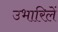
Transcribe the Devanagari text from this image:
उभारिलें